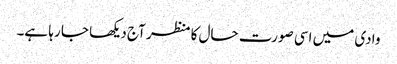
وادی میں اسی صورت حال کا منظر آج دیکھا جا رہا ہے۔